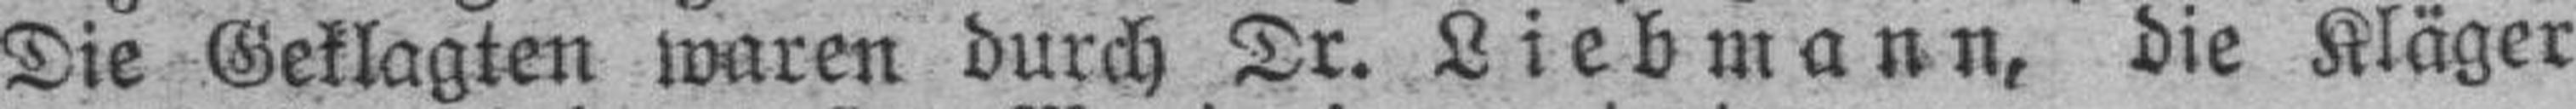
Die Geklagten waren durch Dr. Liebmann, die Kläger